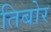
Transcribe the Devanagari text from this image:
तिबोर